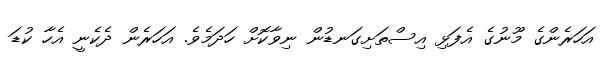
އަހަރެންގެ މޫނުގެ އެފަޅި އިސްތަށިގަނޑުން ނިވާކޮށް ހަދަމެވެ. އަހަރެން ދެކެނީ އެހާ ކުޑަ